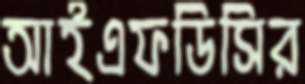
আইএফডিসির